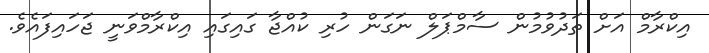
އިކްރާމް އަށް ތަދުވުމުން ސާމްޕަލް ނަގަން ހުރި ކުއްޖާ ގައިގައި އިކްރާމްވަނީ ޖަހައިފައެވެ.